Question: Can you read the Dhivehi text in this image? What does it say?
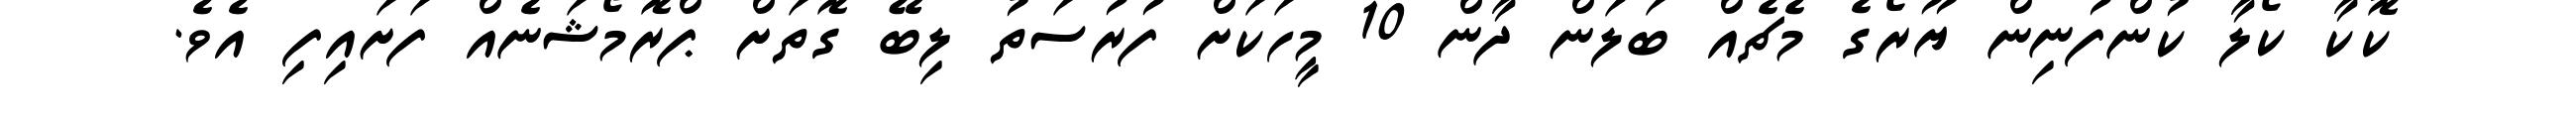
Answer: ކޮކާ ކޯލާ ކުންފުނިން ޔޫރޯގެ މެޗެއް ބަލަން ދާން 10 މީހަކަށް ފުރުސަތު ލިބޭ ގޮތަށް ޕްރޮމޯޝަނެއް ފަށައިފި އެވެ.